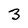
Character: 3